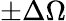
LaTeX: \pm\Delta\Omega